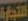
التجارة